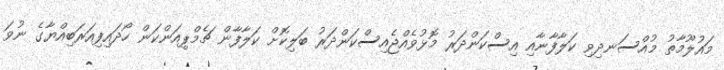
މައުލޫމާތު މުއްސަނދިވި ކަލާފާނާއި އިސްކަންދަރު މޮޅުވެއްޖެއިސްކަންދަރު ބަލިކޮށް ކަލާފާން ޗެމްޕިއަންކަން ހޯދައިފިއަރަބިއްޔާގެ ނުވަ